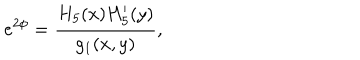
e ^ { 2 \phi } = { \frac { H _ { 5 } ( x ) H _ { 5 } ^ { \prime } ( y ) } { g _ { 1 } ( x , y ) } } ,